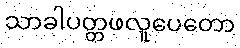
သာခါပတ္တဖလူပေတော